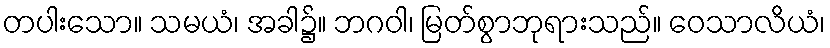
တပါးသော။ သမယံ၊ အခါ၌။ ဘဂဝါ၊ မြတ်စွာဘုရားသည်။ ဝေသာလိယံ၊